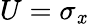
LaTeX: U=\sigma_{\mathit{x}}